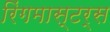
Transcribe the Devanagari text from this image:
रिंगमास्टर्स